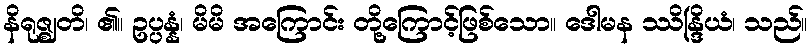
နိရုဇ္ဈတိ၊ ၏။ ဥပ္ပန္နံ၊ မိမိ အကြောင်း တို့ကြောင့်ဖြစ်သော။ ဒေါမန ဿိန္ဒြိယံ၊ သည်။